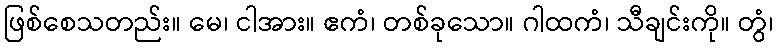
ဖြစ်စေသတည်း။ မေ၊ ငါအား။ ဧကံ၊ တစ်ခုသော။ ဂါထကံ၊ သီချင်းကို။ တွံ၊